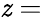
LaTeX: \mathit{z}=